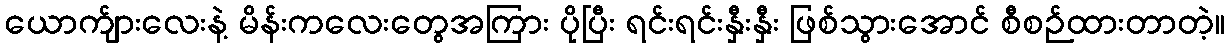
ယောက်ျားလေးနဲ့ မိန်းကလေးတွေအကြား ပိုပြီး ရင်းရင်းနှီးနှီး ဖြစ်သွားအောင် စီစဉ်ထားတာတဲ့။